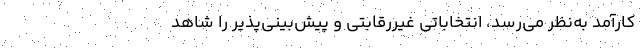
کارآمد به‌نظر می‌رسد، انتخاباتی غیررقابتی و پیش‌بینی‌پذیر را شاهد